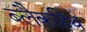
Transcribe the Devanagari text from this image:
ब्लैकहिथ